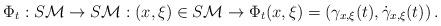
LaTeX: \begin{align*}\Phi_t:S\mathcal{M}\rightarrow S\mathcal{M}: (x,\xi )\in S\mathcal{M} \rightarrow\Phi_t (x,\xi )=\left( \gamma_{x,\xi }(t),\dot{\gamma}_{x,\xi }(t)\right).\end{align*}